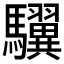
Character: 龮